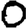
Digit: 0